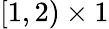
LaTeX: [1,2)\times 1